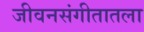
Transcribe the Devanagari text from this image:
जीवनसंगीतातला